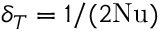
\delta _ { T } = 1 / ( 2 \mathrm { N u } )